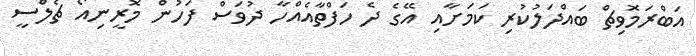
އަބްރަމޮވިޗް ބައްދަލުކުރި ކަމަށާއި އޭގެ ދެ ހަފްތާއެއްހާ ދުވަސް ފަހުން މޮރީނިއޯ ޗެލްސީ